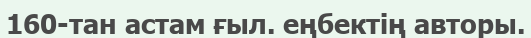
160-тан астам ғыл. еңбектің авторы.